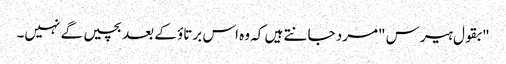
"بقول ہیرس "مرد جانتے ہیں کہ وہ اس برتاؤ کے بعد بچیں گے نہیں۔